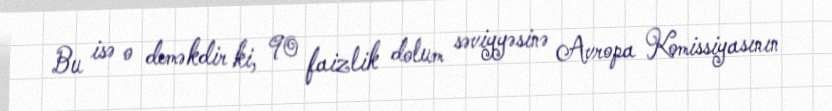
Bu isə o deməkdir ki, 90 faizlik dolum səviyyəsinə Avropa Komissiyasının